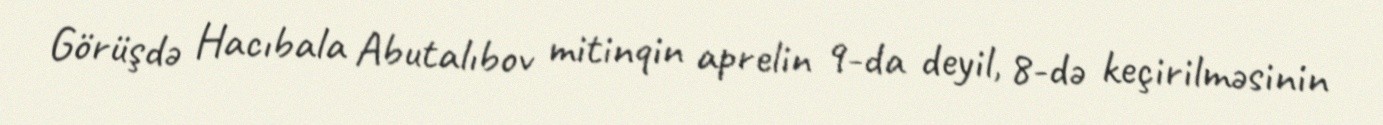
Görüşdə Hacıbala Abutalıbov mitinqin aprelin 9-da deyil, 8-də keçirilməsinin